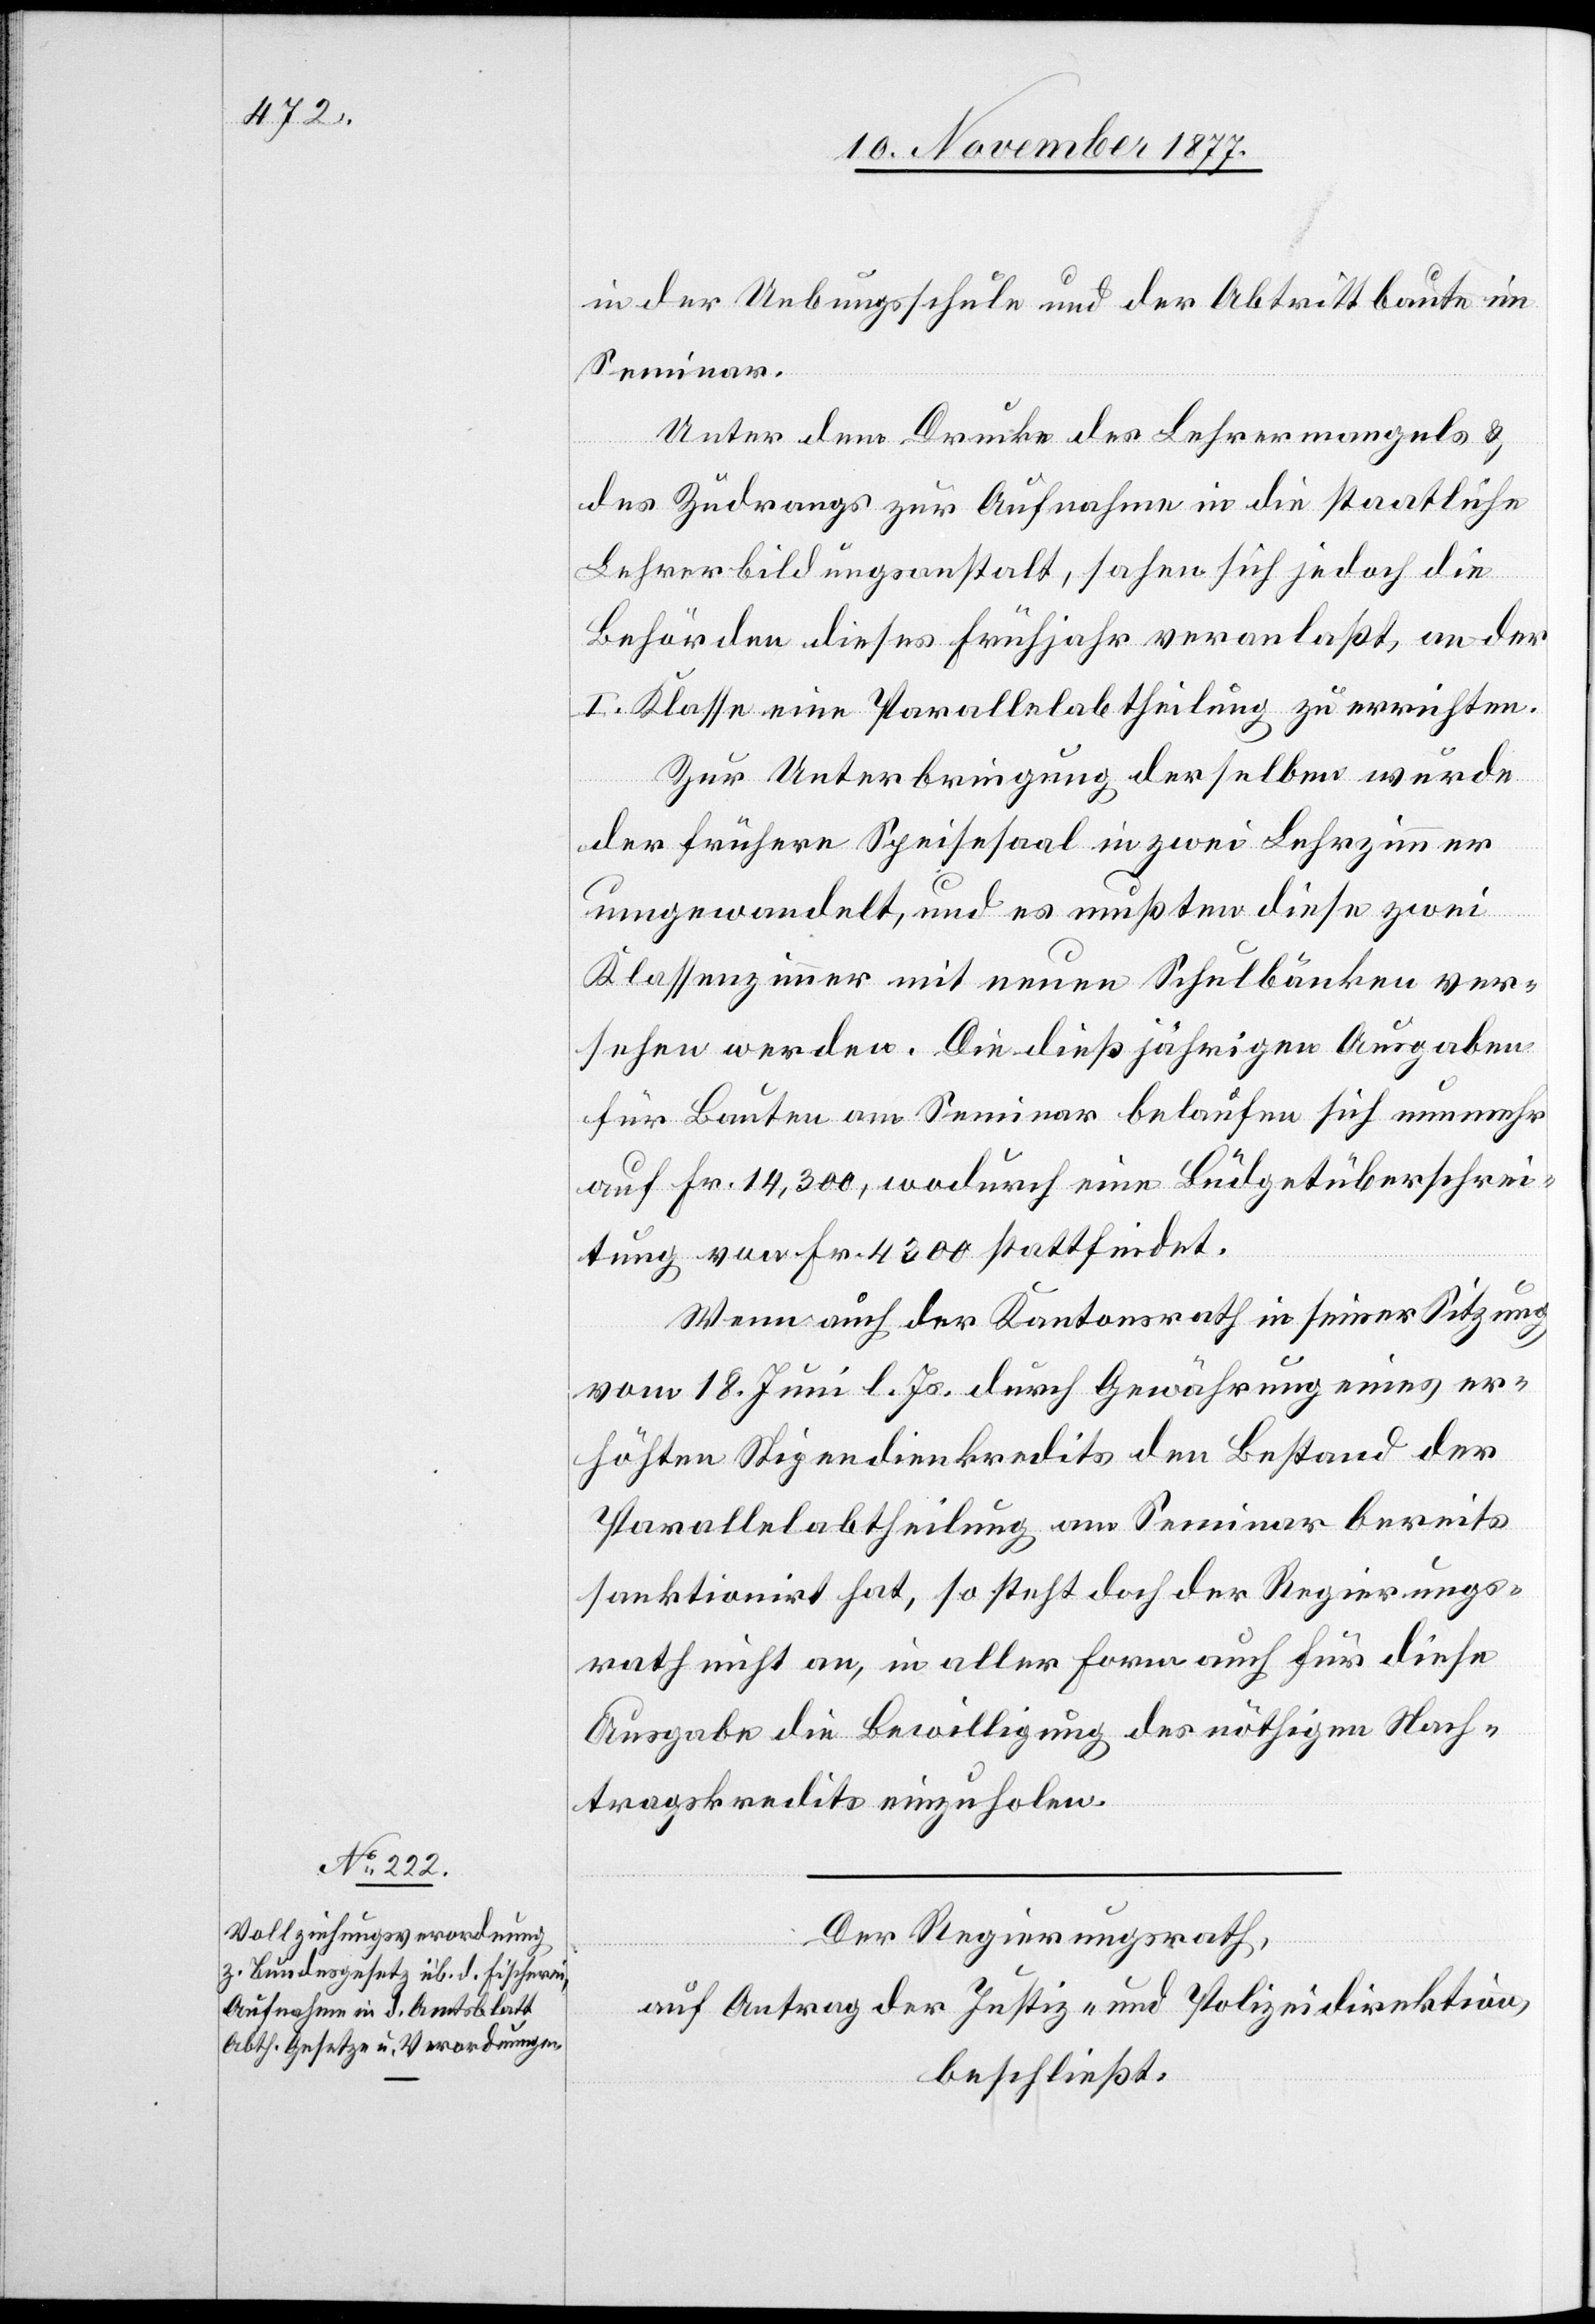
in der Uebungsschule und der Abtrittbaute im
Seminar.
Unter dem Drucke des Lehrermangels &
des Zudrangs zur Aufnahme in die staatliche
Lehrerbildungsanstalt, sahen sich jedoch die
Behörden dieses Frühjahr veranlaßt, an der
I. Klasse eine Parallelabtheilung zu errichten.
Zur Unterbringung derselben wurde
der frühere Speisesaal in zwei Lehrzimmer
umgewandelt, und es mußten diese zwei
Klassenzimmer mit neuen Schulbänken ver¬
sehen werden. Die dießjährigen Ausgaben
für Bauten am Seminar belaufen sich nunmehr
auf Fr. 14,300, wodurch eine Büdgetüberschrei¬
tung von Fr. 4300 stattfindet.
Wenn auch der Kantonsrath in seiner Sitzung
vom 18. Juni l. Js. durch Gewährung eines er¬
höhten Stipendienkredits den Bestand der
Parallelabtheilung am Seminar bereits
sanktionirt hat, so steht doch der Regierungs¬
rath nicht an, in aller Form auch für diese
Ausgabe die Bewilligung des nöthigen Nach¬
tragskredits einzuholen.
Der Regierungsrath,
auf Antrag der Justiz- und Polizeidirektion,
beschließt: